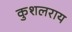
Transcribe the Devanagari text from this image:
कुशलराय